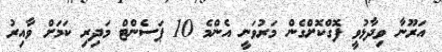
އަރޫނާ ވިދާޅުވީ ފޮގްކޮށްގެން މަރުވަނީ އެންމެ 10 ޕަސެންޓް މަދިރި ކަމަށް ވާއިރު